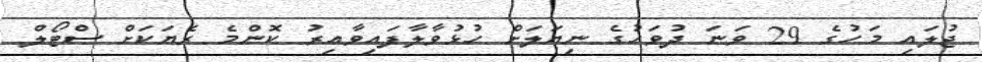
ޖުލައި މަހުގެ 29 ވަނަ ދުވަހުގެ ނިޔަލަށް ހުޅުވާލާފައިވާއިރު ކޮންމެ ރެޔަކަށް ސްޓޯލް